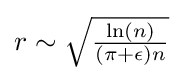
{\textstyle r\sim {\sqrt {\ln(n) \over (\pi +\epsilon )n}}}